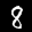
Label: 8